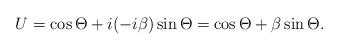
LaTeX: \begin{align*}\begin{array}{c}U=\cos{\Theta}+i(-i\beta)\sin{\Theta}=\cos{\Theta}+\beta\sin{\Theta}. \end{array} \end{align*}